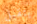
يتقبل